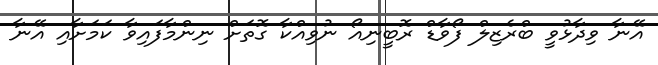
އޭނާ ވިދާޅުވީ ބްރެޒިލް ފޯވާޑް ރޮބީނިއޯ ނުވިއްކާ ގޮތަށް ނިންމާފައިވާ ކަމަށާއި އޭނާ